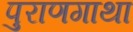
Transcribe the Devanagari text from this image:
पुराणगाथा